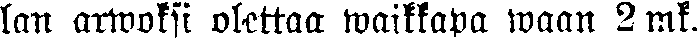
lan arwoksi olettaa waikkapa waan 2 mk.